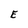
Character: E